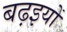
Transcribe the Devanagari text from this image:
बढ़इयों